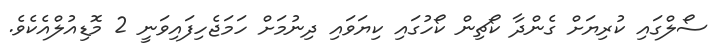
ސޯލްގައި ކުރިޔަށް ގެންދާ ކޯޗިން ކޯހުގައި ކިޔަވައި ދިނުމަށް ހަމަޖެހިފައިވަނީ 2 މޮޑިއުލްއެކެވެ.